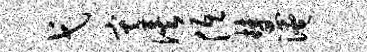
弋灾俟低慧淹